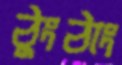
ঠুংঠাং